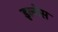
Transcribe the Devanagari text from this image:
इल्वेस